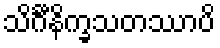
သိင်္ဂီနိက္ခသတဿာပိ